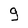
Character: 9